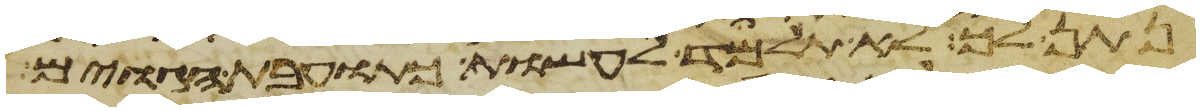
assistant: נתן לך לא תלמד לעשות כתועבות הגוים